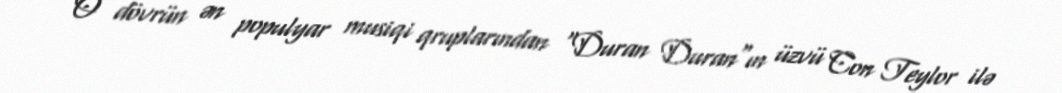
O dövrün ən populyar musiqi qruplarından "Duran Duran"ın üzvü Con Teylor ilə